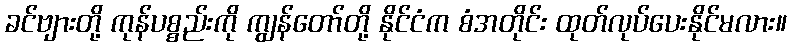
ခင်ဗျားတို့ ကုန်ပစ္စည်းကို ကျွန်တော်တို့ နိုင်ငံက စံအတိုင်း ထုတ်လုပ်ပေးနိုင်မလား။